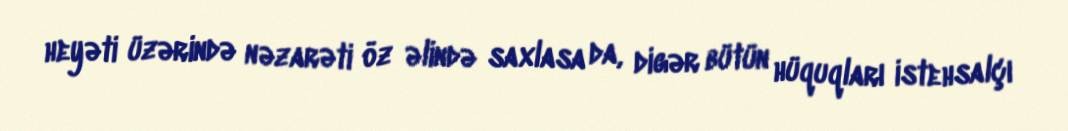
heyəti üzərində nəzarəti öz əlində saxlasa da, digər bütün hüquqları istehsalçı